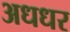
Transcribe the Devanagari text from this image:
अधधर